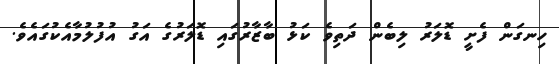
ހިނގަން ފެށީ ޑޮލަރު ލިބެން ދަތިވެ ކަޅު ބާޒާރުގައި ޑޮލަރުގެ އަގު އުފުލުމާއެކުގައެވެ.